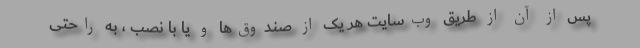
پس از آن از طریق وب‌سایت هر یک از صندوق‌ها و یا با نصب ، به راحتی